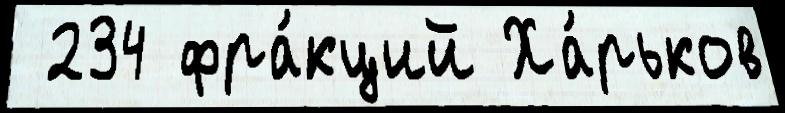
 234 фра́кций Ха́рьков